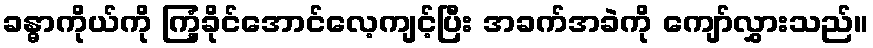
ခန္ဓာကိုယ်ကို ကြံ့ခိုင်အောင်လေ့ကျင့်ပြီး အခက်အခဲကို ကျော်လွှားသည်။